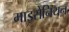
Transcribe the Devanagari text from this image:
माइसेनियन